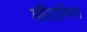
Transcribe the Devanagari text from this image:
मॉरिटानियन